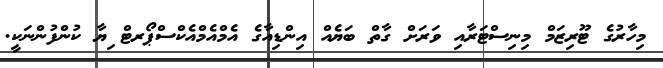
މިހާރުގެ ޓޫރިޒަމް މިނިސްޓަރާއި ވަރަށް ގާތް ބަޔެއް އިންޑިއާގެ އެމްއެމްއެކްސްޕޯރޓް ިޔާ ކުންފުންނަކީ.